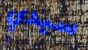
سيدي